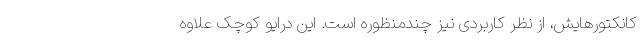
کانکتورهایش، از نظر کاربردی نیز چندمنظوره است. این درایو کوچک علاوه